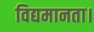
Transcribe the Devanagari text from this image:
विद्यमानता।